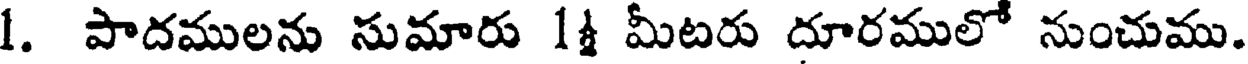
1. పాదములను సుమారు 14 మీటరు దూరములో నుంచుము.